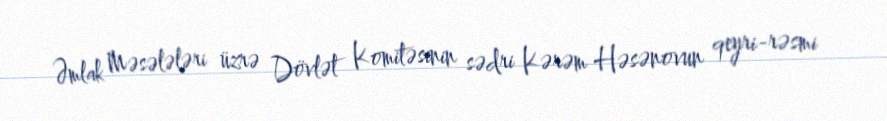
Əmlak Məsələləri üzrə Dövlət Komitəsinin sədri Kərəm Həsənovun qeyri-rəsmi